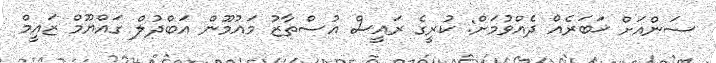
ސަންއަށް ޚަބަރެއް ދެއްވުމަށް: ކުރީގެ ރައީސް އުސްތާޒު މައުމޫން އަބްދުލް ގައްޔޫމް ޒައީމް